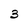
Character: 3